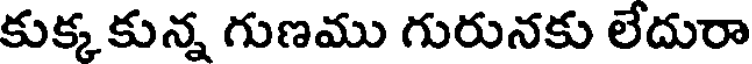
కుక్కకున్న గుణము గురునకు లేదురా